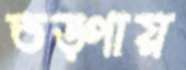
তড়্‌পায়